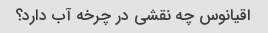
اقیانوس چه نقشی در چرخه آب دارد؟